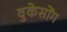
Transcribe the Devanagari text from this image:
वुकेसोंग